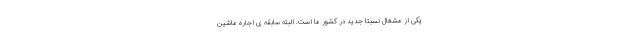
یکی از مشغال نسبتا جدید در کشور ما است. البته سابقه ی اجاره ماشین